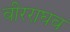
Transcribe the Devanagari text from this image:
वीरराघव